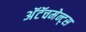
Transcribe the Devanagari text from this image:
अॅटॅचमेन्ट्‌स